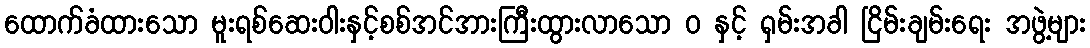
ထောက်ခံထားသော မူးရစ်ဆေးဝါးနှင့်စစ်အင်အားကြီးထွားလာသော ဝ နှင့် ရှမ်းအခါ ငြိမ်းချမ်းရေး အဖွဲ့များ